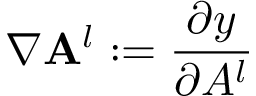
\nabla \mathbf { A } ^ { l } : = \frac { \partial y } { \partial A ^ { l } }